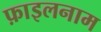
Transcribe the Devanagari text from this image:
फ़ाइलनाम